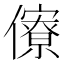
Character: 𠐟